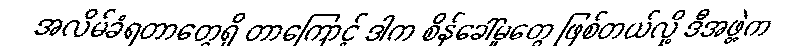
အလိမ်ခံရတာတွေရှိ တာကြောင့် ဒါက စိန်ခေါ်မှုတွေ ဖြစ်တယ်လို့ ဒီအဖွဲ့က